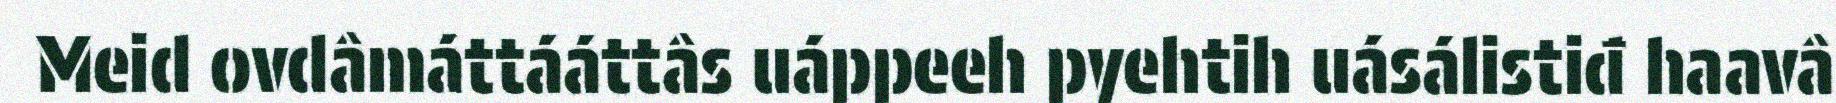
Meid ovdâmáttááttâs uáppeeh pyehtih uásálistiđ haavâ